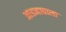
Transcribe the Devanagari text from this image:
आडनावाला